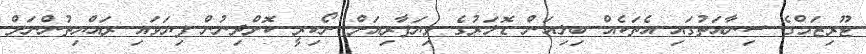
ޓޫރިޒަމްގެ ސިނާއަތުގައި އެތަކެއް ބިލިއަން ޑޮލަރުގެ ވިޔަފާރިއަށް ނޯކިރީ ކޮށްދިނުން ފިޔަވައި ރައްޔިތުންނަށް